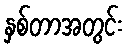
နှစ်တာအတွင်း